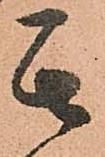
其